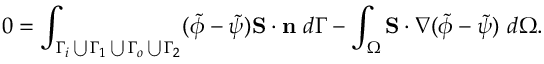
0 = \int _ { \Gamma _ { i } \bigcup \Gamma _ { 1 } \bigcup \Gamma _ { o } \bigcup \Gamma _ { 2 } } ( \tilde { \phi } - \tilde { \psi } ) \mathbf { S } \cdot \mathbf { n } ~ d \Gamma - \int _ { \Omega } \mathbf { S } \cdot \nabla ( \tilde { \phi } - \tilde { \psi } ) ~ d \Omega .